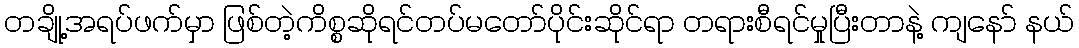
တချို့အရပ်ဖက်မှာ ဖြစ်တဲ့ကိစ္စဆိုရင်တပ်မတော်ပိုင်းဆိုင်ရာ တရားစီရင်မှုပြီးတာနဲ့ ကျနော် နယ်